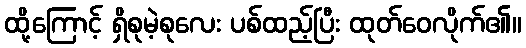
ထို့ကြောင့် ရှိစုမဲ့စုလေး ပစ်ထည့်ပြီး ထုတ်ဝေလိုက်၏။